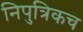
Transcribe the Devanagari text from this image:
निपुत्रिकच